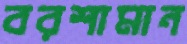
বরশামান